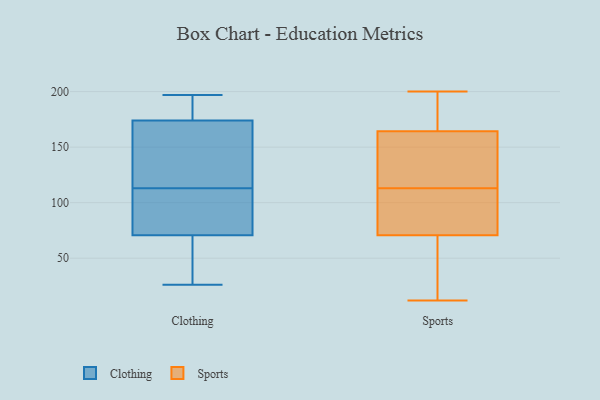
{"axis": {"x": "Humidity (%)", "y": "Value"}, "legend": ["Clothing", "Sports"], "data": [{"x": "", "y": 197, "type": "Clothing"}, {"x": "", "y": 182, "type": "Clothing"}, {"x": "", "y": 164, "type": "Clothing"}, {"x": "", "y": 70, "type": "Clothing"}, {"x": "", "y": 80, "type": "Clothing"}, {"x": "", "y": 59, "type": "Clothing"}, {"x": "", "y": 73, "type": "Clothing"}, {"x": "", "y": 51, "type": "Clothing"}, {"x": "", "y": 136, "type": "Clothing"}, {"x": "", "y": 113, "type": "Clothing"}, {"x": "", "y": 174, "type": "Clothing"}, {"x": "", "y": 92, "type": "Clothing"}, {"x": "", "y": 174, "type": "Clothing"}, {"x": "", "y": 26, "type": "Clothing"}, {"x": "", "y": 181, "type": "Clothing"}, {"x": "", "y": 79, "type": "Sports"}, {"x": "", "y": 180, "type": "Sports"}, {"x": "", "y": 113, "type": "Sports"}, {"x": "", "y": 139, "type": "Sports"}, {"x": "", "y": 107, "type": "Sports"}, {"x": "", "y": 200, "type": "Sports"}, {"x": "", "y": 177, "type": "Sports"}, {"x": "", "y": 166, "type": "Sports"}, {"x": "", "y": 147, "type": "Sports"}, {"x": "", "y": 66, "type": "Sports"}, {"x": "", "y": 68, "type": "Sports"}, {"x": "", "y": 40, "type": "Sports"}, {"x": "", "y": 159, "type": "Sports"}, {"x": "", "y": 82, "type": "Sports"}, {"x": "", "y": 12, "type": "Sports"}]}